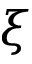
\xi